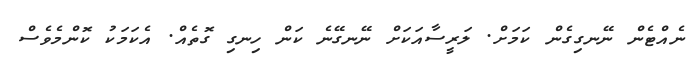
ނެއްޓެން ނޭނގިގެން ކަމަށް. ލަރީސާއަކަށް ނޭނގޭނެ ކަން ހިނގި ގޮތެއް. އެކަމަކު ކޮންމެވެސް